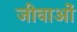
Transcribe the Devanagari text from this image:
जीवाओं